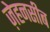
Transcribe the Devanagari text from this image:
ज़ेहनसीब